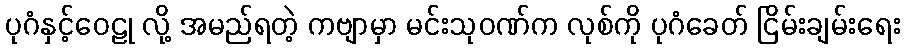
ပုဂံနှင့်ဝေဠု လို့ အမည်ရတဲ့ ကဗျာမှာ မင်းသုဝဏ်က လုစ်ကို ပုဂံခေတ် ငြိမ်းချမ်းရေး